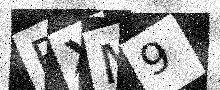
Text: PXM9